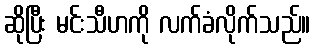
ဆိုပြီး မင်းသီဟကို လက်ခံလိုက်သည်။